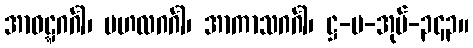
အာဝဋ္ဋဂင်္ဂါ၊ ဗဟလဂင်္ဂါ၊ အာကာသဂင်္ဂါ၊ ဋ္ဌ-ပ-အုပ်-၃၄၃။